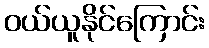
ဝယ်ယူနိုင်ကြောင်း